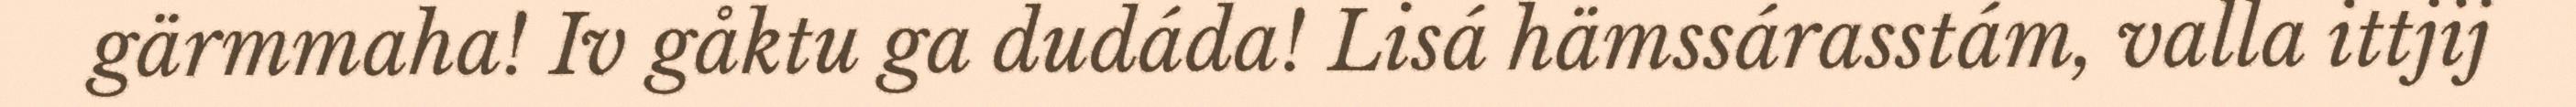
gärmmaha! Iv gåktu ga dudáda! Lisá hämssárasstám, valla ittjij